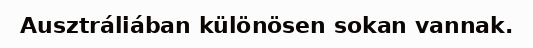
Ausztráliában különösen sokan vannak.